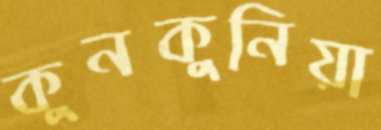
কুনকুনিয়া